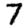
Digit: 7